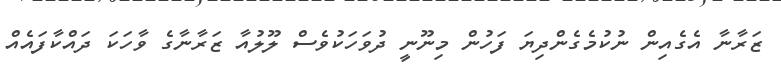
ޒަރާނާ އެގެއިން ނުކުމެގެންދިޔަ ފަހުން މިނޫނީ ދުވަހަކުވެސް ލޫލުއާ ޒަރާނާގެ ވާހަކަ ދައްކާފައެއް